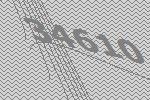
34610